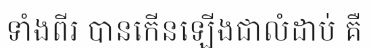
ទាំងពីរ បានកើនឡើងជាលំដាប់ គឺ